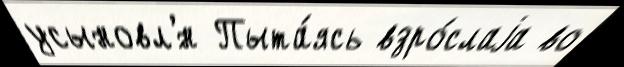
усыновл'́н Пыта́ясь взро́слаjа во